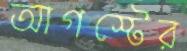
আগস্টের